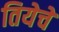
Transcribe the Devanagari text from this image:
तियेचे